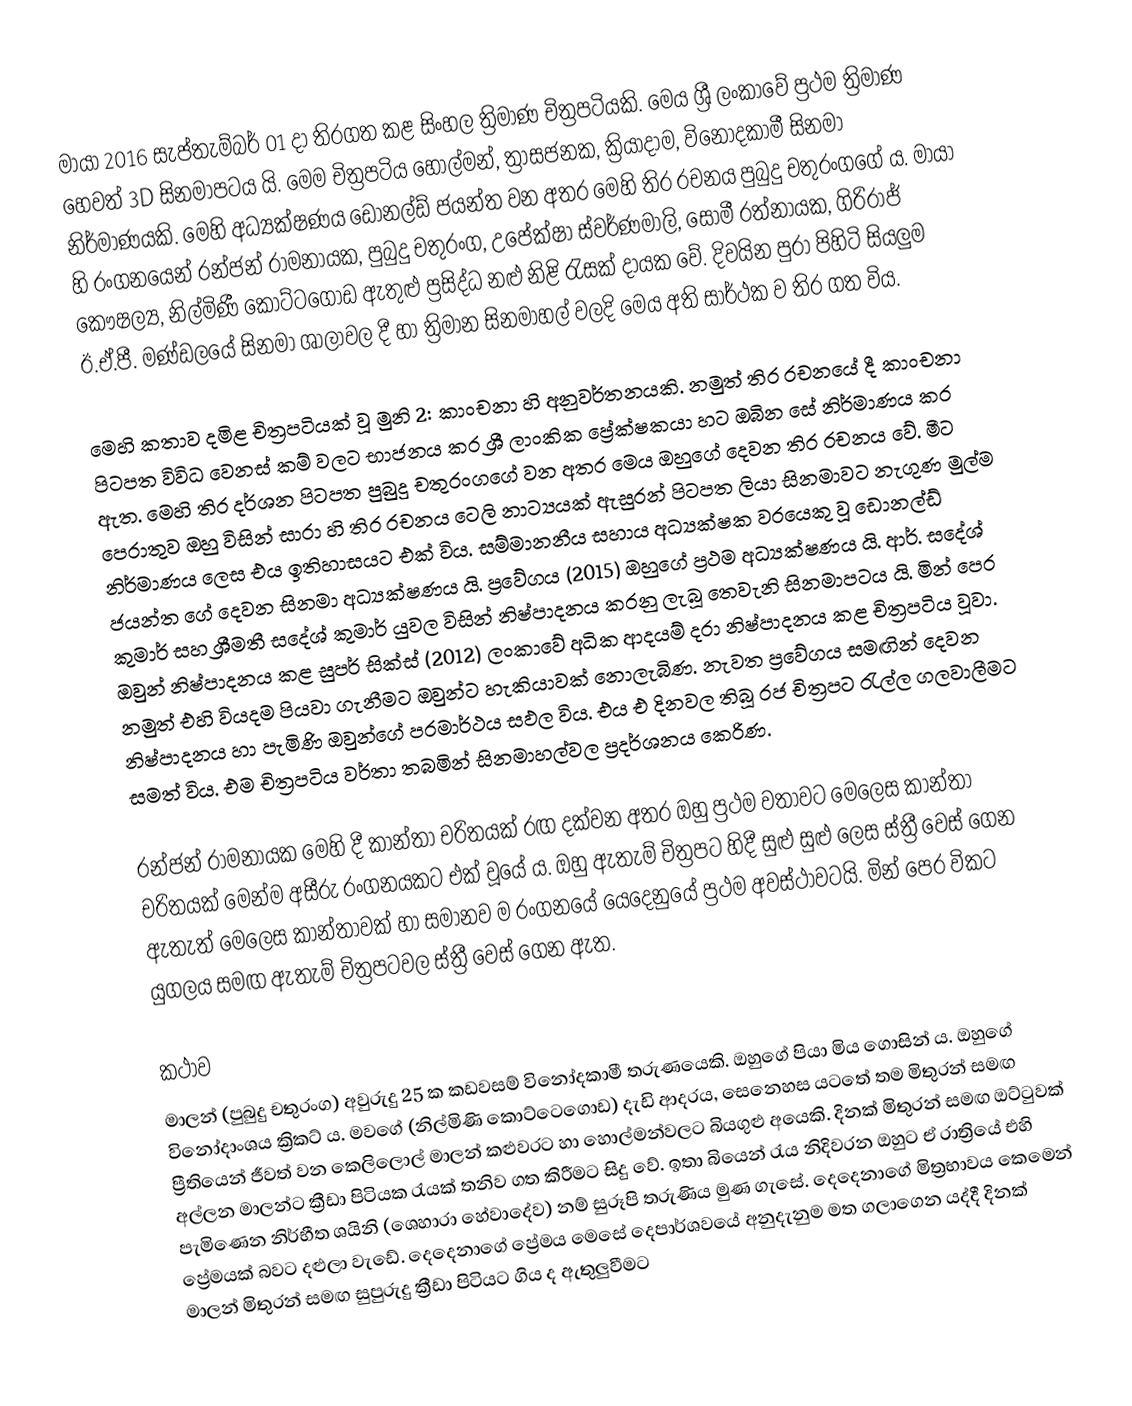
මායා 2016 සැප්තැම්බර් 01 දා තිරගත කළ සිංහල ත්‍රිමාණ චිත්‍රපටියකි. මෙය ශ්‍රී ලංකාවේ ප්‍රථම ත්‍රිමාණ හෙවත් 3D සිනමාපටය යි. මෙම චිත්‍රපටිය හොල්මන්, ත්‍රාසජනක, ක්‍රියාදාම, විනෝදකාමී සිනමා නිර්මාණයකි. මෙහි අධ්‍යක්ෂණය ඩොනල්ඩ් ජයන්ත වන අතර මෙහි තිර රචනය පුබුදු චතුරංගගේ ය. මායා හි රංගනයෙන් රන්ජන් රාමනායක, පුබුදු චතුරංග, උපේක්ෂා ස්වර්ණමාලි, සොමී රත්නායක, ගිරිරාජ් කෞෂල්‍ය, නිල්මිණී කෝට්ටගොඩ ඇතුළු ප්‍රසිද්ධ නළු නිළි රැසක් දායක වේ. දිවයින පුරා පිහිටි සියලුම ඊ.ඒ.පී. මණ්ඩලයේ සිනමා ශාලාවල දී හා ත්‍රිමාන සිනමාහල් වලදි මෙය අති සාර්ථක ව තිර ගත විය.

මෙහි කතාව දමිළ චිත්‍රපටියක් වූ මුනි 2: කාංචනා හි අනුවර්තනයකි. නමුත් තිර රචනයේ දී කාංචනා පිටපත විවිධ වෙනස් කම් වලට භාජනය කර ශ්‍රී ලාංකික ප්‍රේක්ෂකයා හට ඔබින සේ නිර්මාණය කර ඇත. මෙහි තිර දර්ශන පිටපත පුබුදු චතුරංගගේ වන අතර මෙය ඔහුගේ දෙවන තිර රචනය වේ. මීට පෙරාතුව ඔහු විසින් සාරා හි තිර රචනය ටෙලි නාට්‍යයක් ඇසුරන් පිටපත ලියා සිනමාවට නැගුණ මුල්ම නිර්මාණය ලෙස එය ඉතිහාසයට එක් විය. සම්මානනීය සහාය අධ්‍යක්ෂක වරයෙකු වූ ඩොනල්ඩ් ජයන්ත ගේ දෙවන සිනමා අධ්‍යක්ෂණය යි. ප්‍රවේගය (2015) ඔහුගේ ප්‍රථම අධ්‍යක්ෂණය යි. ආර්. සදේශ් කුමාර් සහ ශ්‍රීමතී සදේශ් කුමාර් යුවල විසින් නිෂ්පාදනය කරනු ලැබූ තෙවැනි සිනමාපටය යි. මින් පෙර ඔවුන් නිෂ්පාදනය කළ සුපර් සික්ස් (2012) ලංකාවේ අධික ආදයම් දරා නිෂ්පාදනය කළ චිත්‍රපටිය වූවා. නමුත් එහි වියදම පියවා ගැනීමට ඔවුන්ට හැකියාවක් නොලැබිණ. නැවත ප්‍රවේගය සමඟින් දෙවන නිෂ්පාදනය හා පැමිණි ඔවුන්ගේ පරමාර්ථය සඵල විය. එය එ දිනවල තිබූ රජ චිත්‍රපට රැල්ල ගලවාලීමට සමත් විය. එම චිත්‍රපටිය වර්තා තබමින් සිනමාහල්වල ප්‍රදර්ශනය කෙරිණ.

රන්ජන් රාමනායක මෙහි දී කාන්තා චරිතයක් රඟ දක්වන අතර ඔහු ප්‍රථම වතාවට මෙලෙස කාන්තා චරිතයක් මෙන්ම අසීරු රංගනයකට එක් වූයේ ය. ඔහු ඇතැම් චිත්‍රපට හිදී සුළු සුළු ලෙස ස්ත්‍රී වෙස් ගෙන ඇතැත් මෙලෙස කාන්තාවක් හා සමානව ම රංගනයේ යෙදෙනුයේ ප්‍රථම අවස්ථාවටයි. මින් පෙර විකට යුගලය සමඟ ඇතැම් චිත්‍රපටවල ස්ත්‍රී වෙස් ගෙන ඇත.

කථාව
මාලන් (පුබුදු චතුරංග) අවුරුදු 25 ක කඩවසම් විනෝදකාමී තරුණයෙකි. ඔහුගේ පියා මිය ගොසින් ය. ඔහුගේ විනෝදාංශය ක්‍රිකට් ය. මවගේ (නිල්මිණි කොට්ටෙගොඩ) දැඩි ආදරය, සෙනෙහස යටතේ තම මිතුරන් සමඟ ප්‍රීතියෙන් ජීවත් වන කෙලිලොල් මාලන් කළුවරට හා හොල්මන්වලට බියගුළු අයෙකි. දිනක් මිතුරන් සමඟ ඔට්ටුවක් අල්ලන මාලන්ට ක්‍රීඩා පිටියක රැයක් තනිව ගත කිරීමට සිදු වේ. ඉතා බියෙන් රැය නිදිවරන ඔහුට ඒ රාත්‍රියේ එහි පැමිණෙන නිර්භීත ශයිනි (ශෙහාරා හේවාදේව) නම් සුරූපි තරුණිය මුණ ගැසේ. දෙදෙනාගේ මිත්‍රභාවය කෙමෙන් ප්‍රේමයක් බවට දළුලා වැඩේ. දෙදෙනාගේ ප්‍රේමය මෙසේ දෙපාර්ශවයේ අනුදැනුම මත ගලාගෙන යද්දී දිනක් මාලන් මිතුරන් සමඟ සුපුරුදු ක්‍රීඩා පිටියට ගිය ද ඇතුලුවීමට